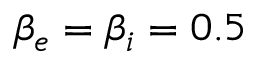
\beta _ { e } = \beta _ { i } = 0 . 5